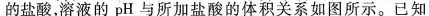
的盐酸，溶液的pH与所加盐酸的体积关系如图所示。已知